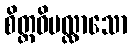
စိတ္တဝိပလ္လာသော